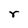
Character: r